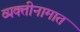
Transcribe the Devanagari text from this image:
व्यक्तीनामात